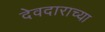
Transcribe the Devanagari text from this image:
देवदाराच्या